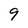
Character: 9